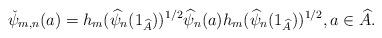
LaTeX: \begin{align*}\check{\psi}_{m,n}(a)=h_m(\widehat{\psi}_n(1_{\widehat{A}}))^{1/2}\widehat{\psi}_n(a)h_m(\widehat{\psi}_n(1_{\widehat{A}}))^{1/2},a\in \widehat{A}.\end{align*}